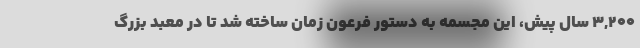
۳,۲۰۰ سال پیش، این مجسمه به دستور فرعون زمان ساخته شد تا در معبد بزرگ